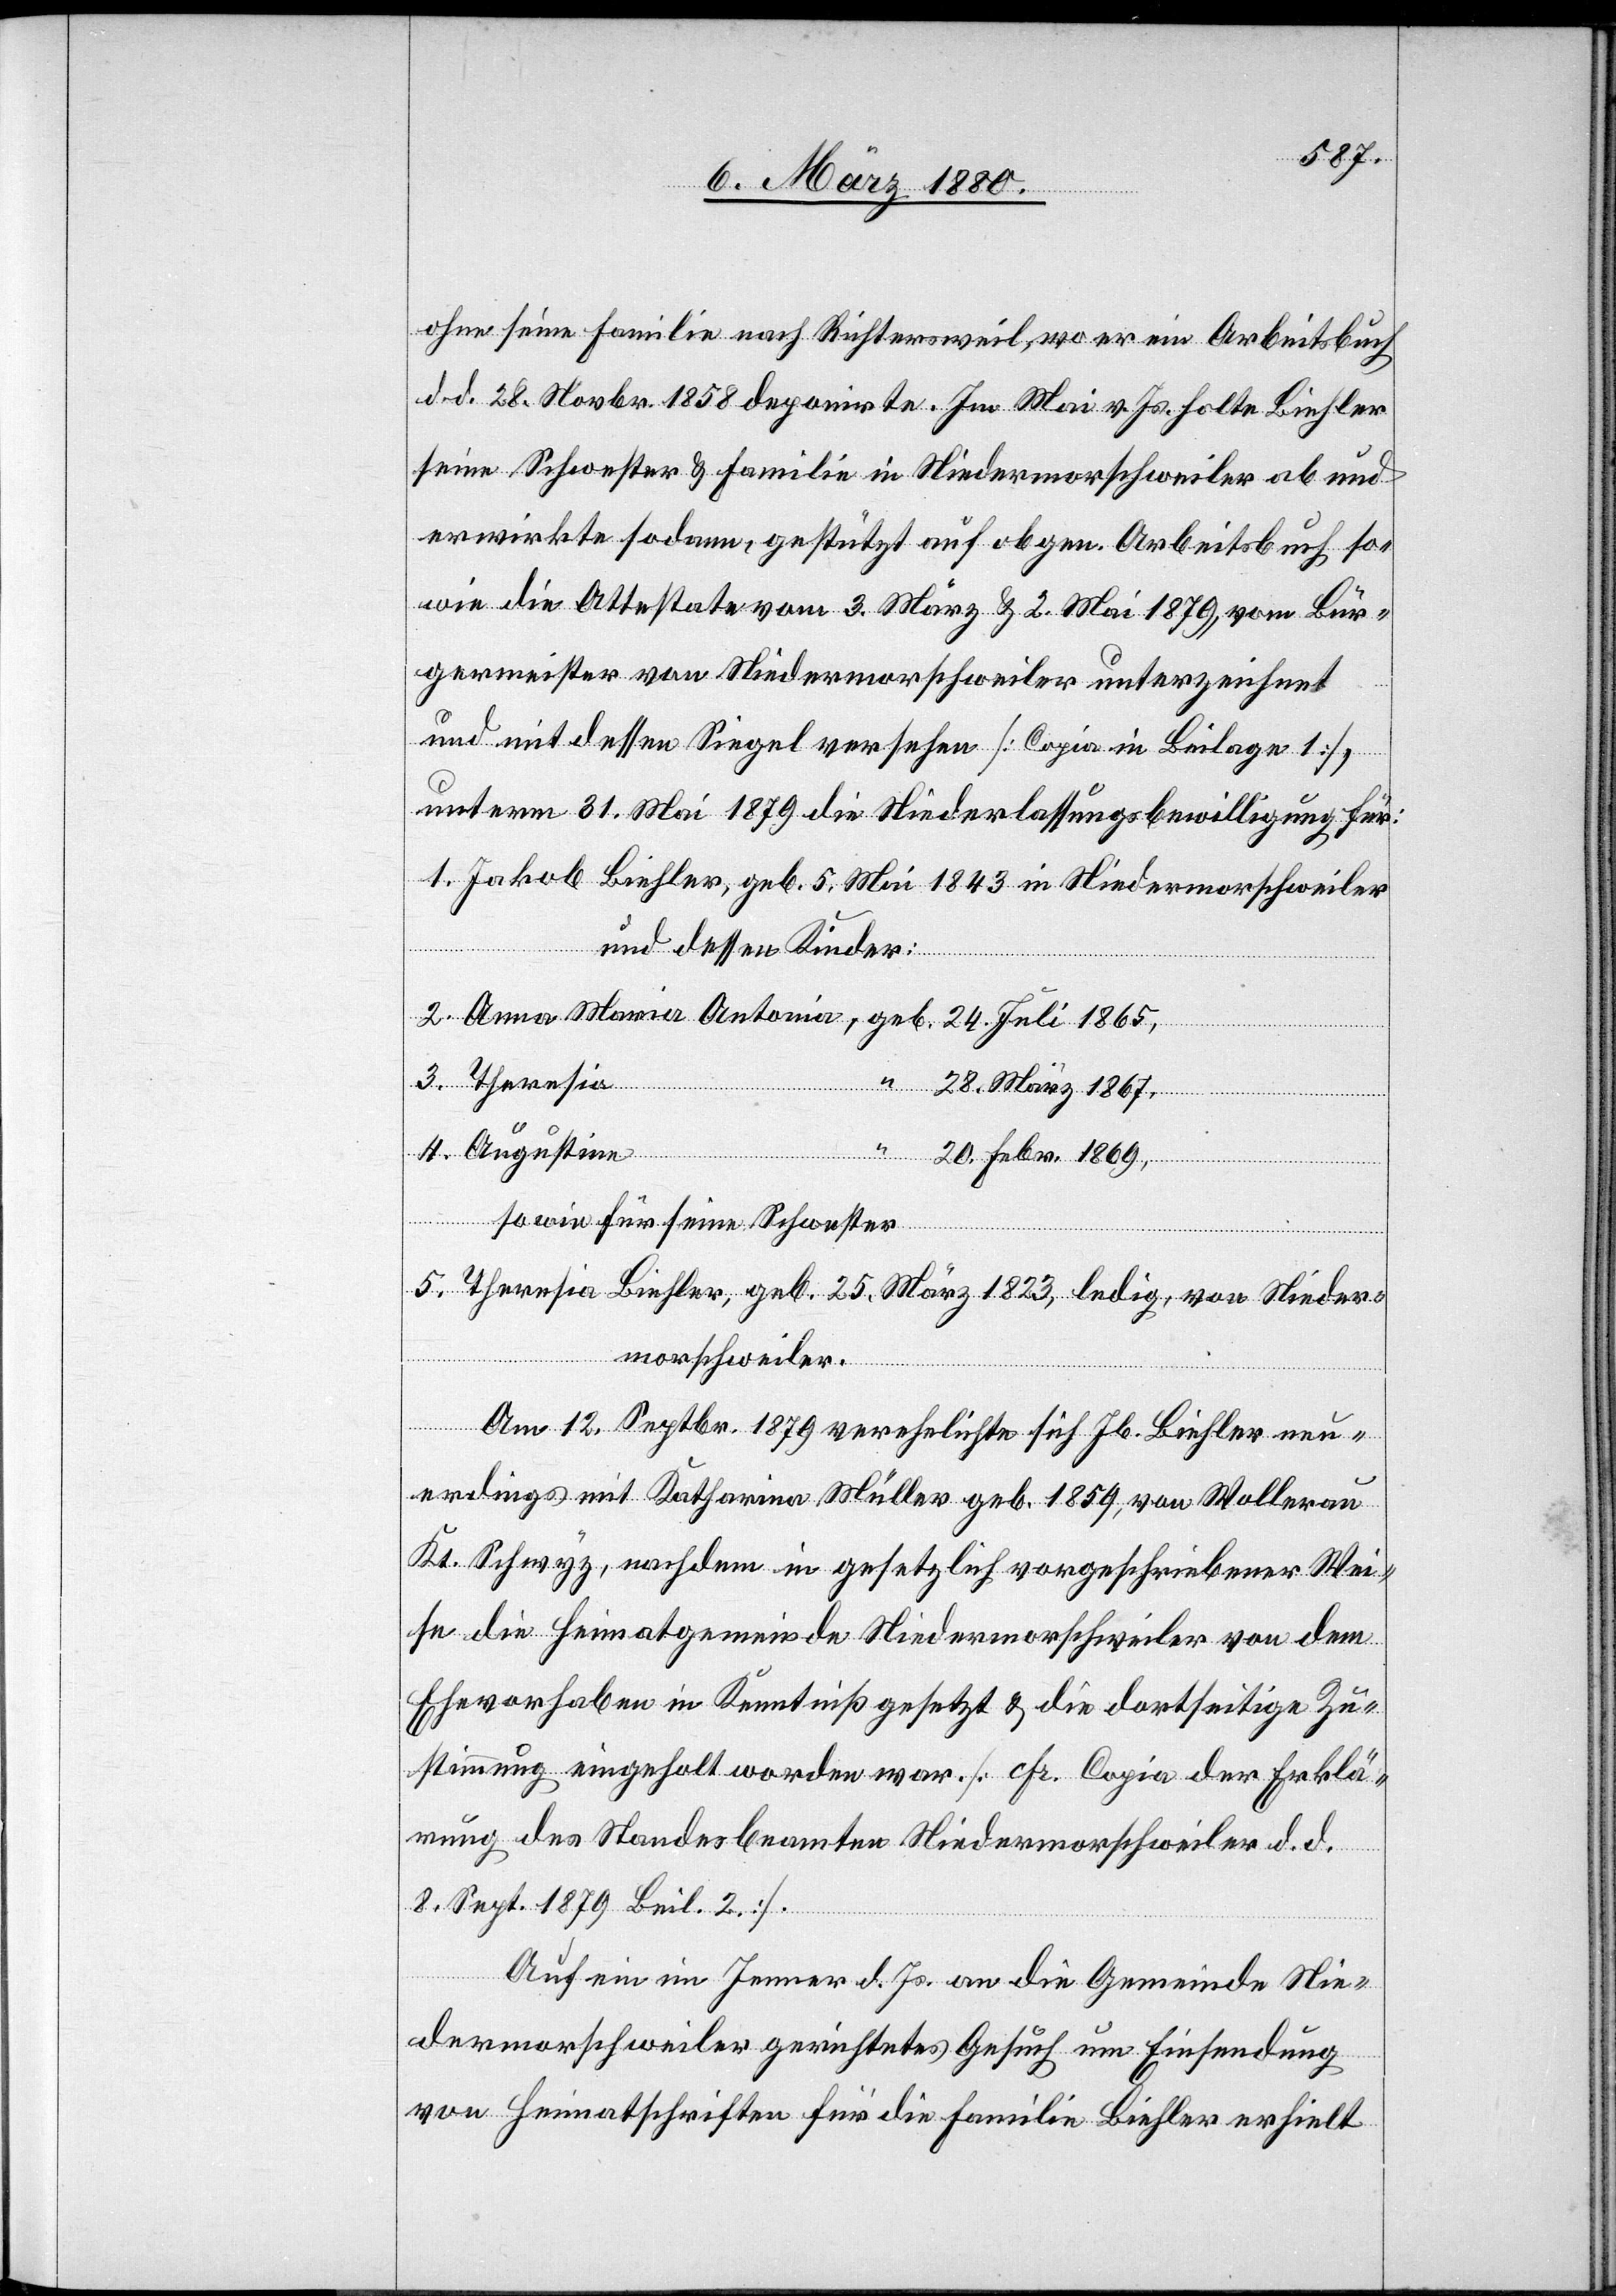
1865,
ohne seine Familie nach Richtersweil, wo er ein Arbeitsbuch
d. d. 28. Novbr. 1858 deponirte. Im Mai v. Js. holte Biehler
seine Schwester & Familie in Niedermorschweiler ab und
erwirkte sodann, gestützt auf obgen. Arbeitsbuch so¬
wie die Attestate vom 3. März & 2. Mai 1879, vom Bür¬
germeister von Niedermorschweiler unterzeichnet
und mit dessen Siegel versehen [Copie in Beilage 1],
unterm 31. Mai 1879 die Niederlassungsbewilligung für:
1. Jakob Biehler, geb. 5. Mai 1843 in Niedermorschweiler
und dessen Kinder:
24.
3. Theresia
28. März 1867,
4. Augustine
20. Febr. 1869,
geb.
sowie für seine Schwester
5. Theresia Biehler, geb. 25. März 1823, ledig, von Nieder¬
morschweiler.
Am 23. Septbr. 1879 verehelichte sich Jb. Biehler neu¬
erdings mit Katharina Müller, geb. 1859, von Wollerau
Kt. Schwyz, nachdem in gesetzlich vorgeschriebener Wei¬
se die Heimatgemeinde Niedermorschweiler von dem
Ehevorhaben in Kenntniß gesetzt & die dortseitige Zu¬
stimmung eingeholt worden war. [cf. Copia der Erklä¬
rung des Standesbeamten Niedermorschweiler d. d.
8. Sept. 1879 Beil. 2].
Auf ein im Jenner d. Js. an die Gemeinde Nie¬
dermorschweiler gerichtetes Gesuch um Einsendung
von Heimatscheinen für die Familie Biehler erhielt